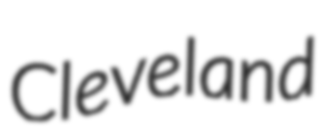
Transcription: Cleveland